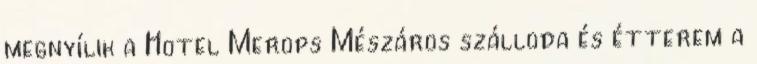
megnyílik a Hotel Merops Mészáros szálloda és étterem a